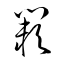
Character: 闕